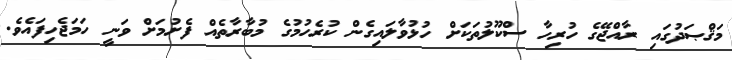
މަޤްޞަދުގައި ރާއްޖޭގެ ހުރިހާ ސްކޫލުތަކަށް ހުޅުވާލައިގެން ކުރެހުމުގެ މުބާރާތެއް ފެށުމަށް ވަނީ ހަމަޖެހިފައެވެ.